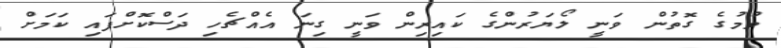
ވުމުގެ ގޮތުން ވަނީ ލޯޔަރުންގެ ކައިރިން ވަނީ ގިނަ އެއްޗެހި ދަސްކޮށްފައި ކަމަށް